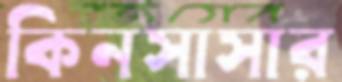
কিনসাসার